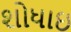
શોધાઇ